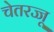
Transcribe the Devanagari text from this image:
चेतरज्जू